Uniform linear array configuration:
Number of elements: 24
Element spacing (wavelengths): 1
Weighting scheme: kaiser
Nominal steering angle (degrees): -15
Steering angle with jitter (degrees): -13.529
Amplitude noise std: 0.05
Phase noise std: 0.05

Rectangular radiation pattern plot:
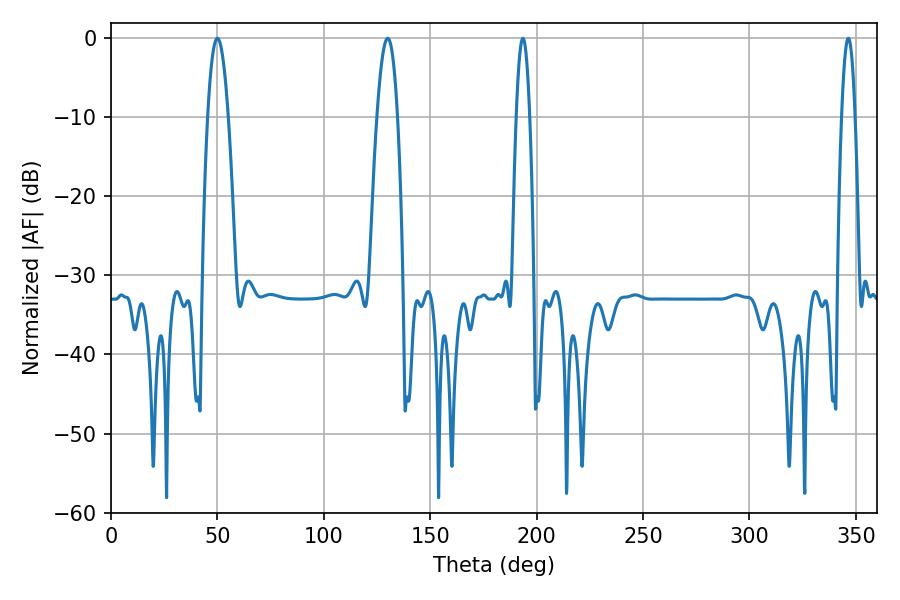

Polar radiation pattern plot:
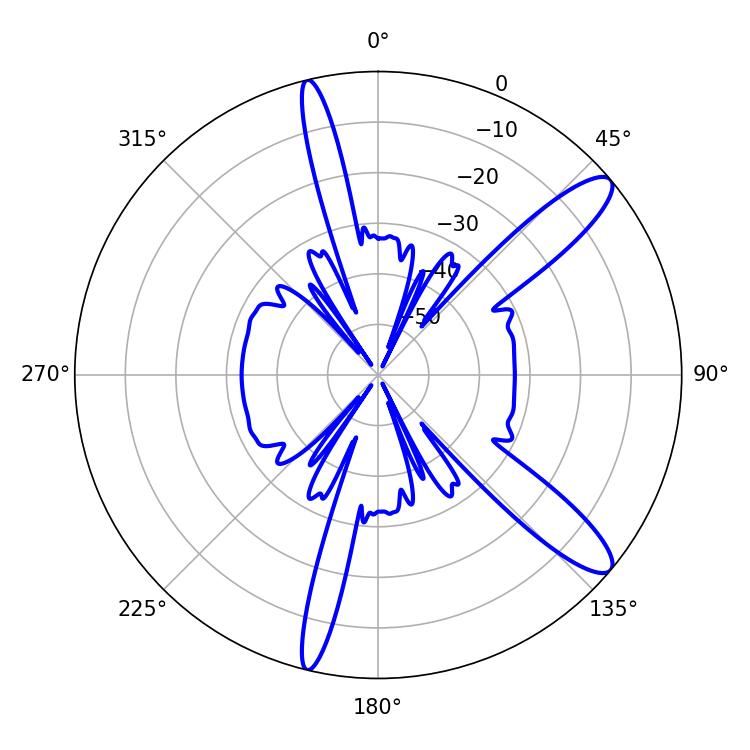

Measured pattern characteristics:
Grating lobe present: TRUE
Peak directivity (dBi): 12.104
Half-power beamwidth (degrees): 5.4
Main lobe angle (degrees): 50.04